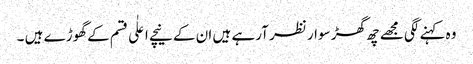
وہ کہنے لگی مجھے چھ گھڑ سوار نظر آرہے ہیں ان کے نیچے اعلٰی قسم کے گھوڑے ہیں ۔